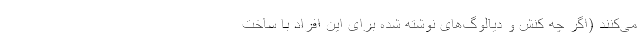
می‌کنند (اگر چه کنش و دیالوگ‌های نوشته شده برای این افراد با ساخت